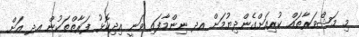
މި މަޝްވަރާތައް ކުރިއަށްގެންދިޔުމަށް އދ ނިންމާފައި ވަނީ އިދިކޮޅު ފަރާތްތަކުން އދ އަށް